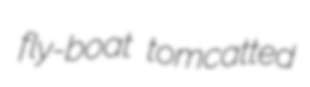
fly-boat tomcatted